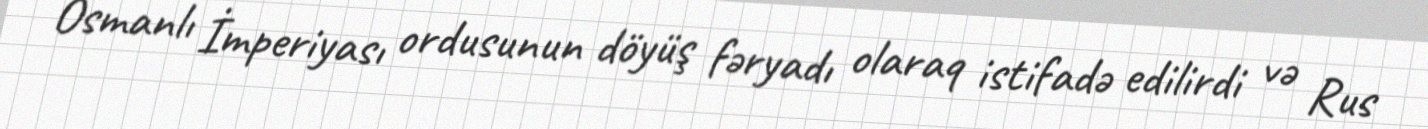
Osmanlı İmperiyası ordusunun döyüş fəryadı olaraq istifadə edilirdi və Rus